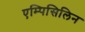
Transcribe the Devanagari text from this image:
एम्पिसिलिन